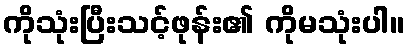
ကိုသုံးပြီးသင့်ဖုန်း၏ ကိုမသုံးပါ။